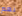
نعم